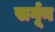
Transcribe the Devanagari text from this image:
सर्गून